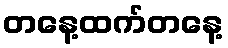
တနေ့ထက်တနေ့